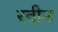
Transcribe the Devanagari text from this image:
रवीन